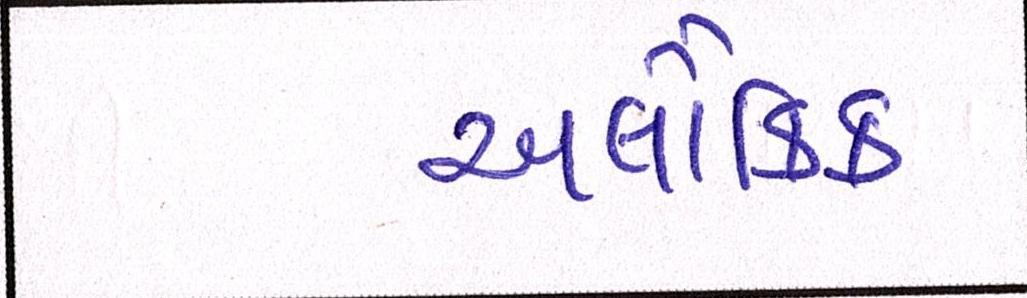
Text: અલૌકિક